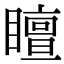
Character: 䁴